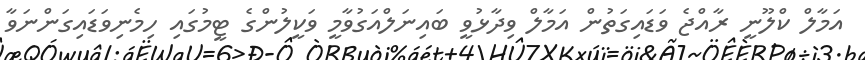
އަމާލް ކްލޫނީ ރާއްޖެ ވަޑައިގަތުން އަމާލް ވިދާޅުވީ ބައިނަލްއަގުވާމީ ވަކީލުންގެ ޓީމުގައި ހިމެނިވަޑައިގަންނަވާ